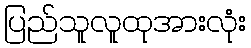
ပြည်သူလူထုအားလုံး